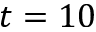
t = 1 0